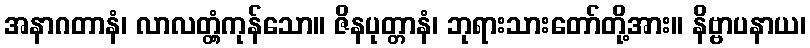
အနာဂတာနံ၊ လာလတ္တံ့ကုန်သော။ ဇိနပုတ္တာနံ၊ ဘုရားသားတော်တို့အား။ နိဗ္ဗာပနာယ၊